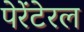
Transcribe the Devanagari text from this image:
पेरेंटेरल